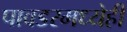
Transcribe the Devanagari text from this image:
पावडरमध्येही